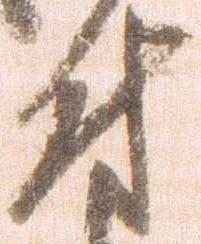
付